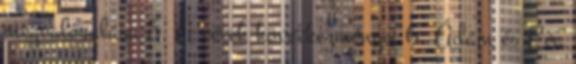
megvalósulása 5. A vétek következményei 6. Ádám és Éva